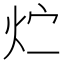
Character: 𮳢